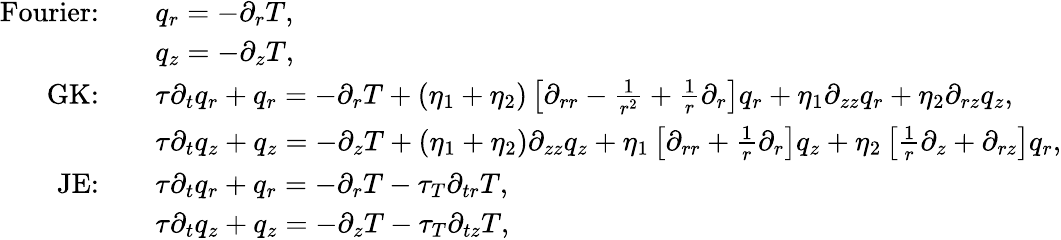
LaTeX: \begin{array}{rl}{\textrm{Fourier:}\quad}&{q_{r}=-\partial_{r}T,}\\ {\quad}&{q_{z}=-\partial_{z}T,}\\ {\textrm{GK:}\quad}&{\tau\partial_{t}q_{r}+q_{r}=-\partial_{r}T+(\eta_{1}+\eta_{2})\left[\partial_{rr}-\frac{1}{r^{2}}+\frac{1}{r}\partial_{r}\right]q_{r}+\eta_{1}\partial_{zz}q_{r}+\eta_{2}\partial_{rz}q_{z},}\\ {\quad}&{\tau\partial_{t}q_{z}+q_{z}=-\partial_{z}T+(\eta_{1}+\eta_{2})\partial_{zz}q_{z}+\eta_{1}\left[\partial_{rr}+\frac{1}{r}\partial_{r}\right]q_{z}+\eta_{2}\left[\frac{1}{r}\partial_{z}+\partial_{rz}\right]q_{r},}\\ {\textrm{JE:}\quad}&{\tau\partial_{t}q_{r}+q_{r}=-\partial_{r}T-\tau_{T}\partial_{tr}T,}\\ {\quad}&{\tau\partial_{t}q_{z}+q_{z}=-\partial_{z}T-\tau_{T}\partial_{tz}T,}\end{array}